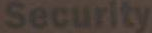
Security